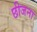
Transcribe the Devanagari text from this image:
छीजना